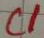
Text: C1